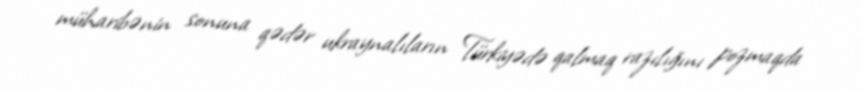
müharibənin sonuna qədər ukraynalıların Türkiyədə qalmaq razılığını pozmaqda